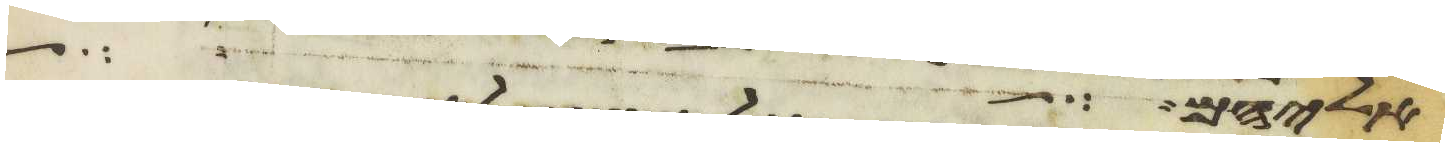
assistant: אליהם אל